Civil Veterinary Department Bihar & Orissa reports 1929-36 - 1929-1936
Year: 1929
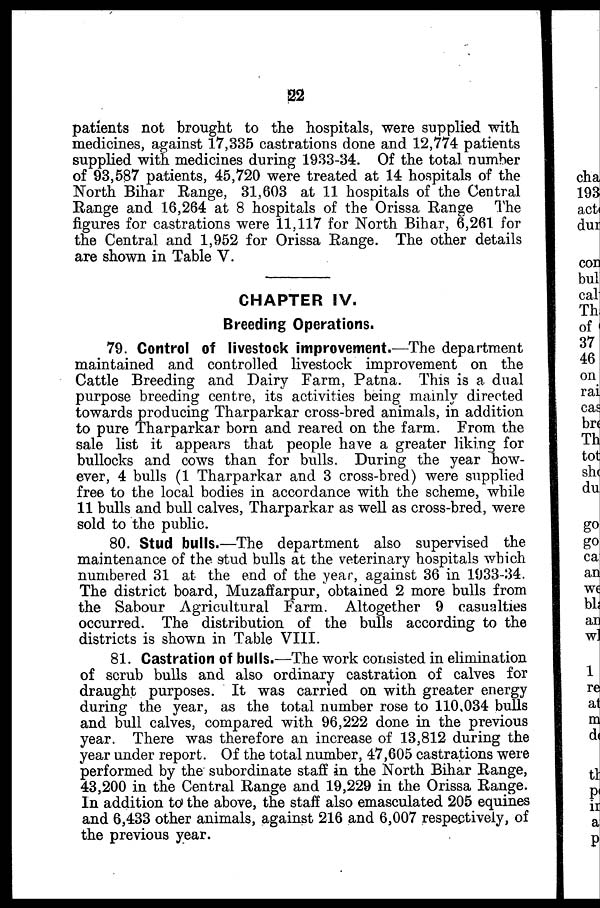
22
patients not brought to the hospitals, were supplied with
medicines, against 17,335 castrations done and 12,774 patients
supplied with medicines during 1933-34. Of the total number
of 93,587 patients, 45,720 were treated at 14 hospitals of the
North Bihar Range, 31,603 at 11 hospitals of the Central
Range and 16,264 at 8 hospitals of the Orissa Range The
figures for castrations were 11,117 for North Bihar, 6,261 for
the Central and 1,952 for Orissa Range. The other details
are shown in Table V.
CHAPTER IV.
Breeding Operations.
79. Control of livestock improvement.—The department
maintained and controlled livestock improvement on the
Cattle Breeding and Dairy Farm, Patna. This is a dual
purpose breeding centre, its activities being mainly directed
towards producing Tharparkar cross-bred animals, in addition
to pure Tharparkar born and reared on the farm. From the
sale list it appears that people have a greater liking for
bullocks and cows than for bulls. During the year how-
ever, 4 bulls (1 Tharparkar and 3 cross-bred) were supplied
free to the local bodies in accordance with the scheme, while
11 bulls and bull calves, Tharparkar as well as cross-bred, were
sold to the public.
80. Stud bulls.—The department also supervised the
maintenance of the stud bulls at the veterinary hospitals which
numbered 31 at the end of the year, against 36 in 1933-34.
The district board, Muzaffarpur, obtained 2 more bulls from
the Sabour Agricultural Farm. Altogether 9 casualties
occurred. The distribution of the bulls according to the
districts is shown in Table VIII.
81. Castration of bulls.—The work consisted in elimination
of scrub bulls and also ordinary castration of calves for
draught purposes. It was carried on with greater energy
during the year, as the total number rose to 110,034 bulls
and bull calves, compared with 96,222 done in the previous
year. There was therefore an increase of 13,812 during the
year under report. Of the total number, 47,605 castrations were
performed by the subordinate staff in the North Bihar Range,
43,200 in the Central Range and 19,229 in the Orissa Range.
In addition to the above, the staff also emasculated 205 equines
and 6,433 other animals, against 216 and 6,007 respectively, of
the previous year.